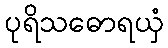
ပုရိသဓောရယှံ